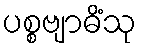
ပစ္စဗျာဓိံသု